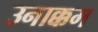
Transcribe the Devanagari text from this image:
उनाक्कम